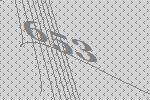
653